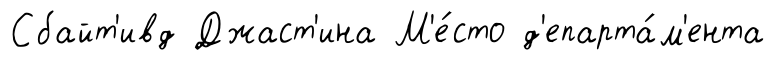
Сбайт'ивд Джаст'ина М'е́сто д'епарта́м'ента